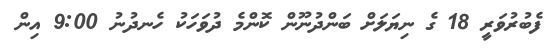
ފެބުރުވަރީ 18 ގެ ނިޔަލަށް ބަންދުނޫން ކޮންމެ ދުވަހަކު ހެނދުނު 9:00 އިން